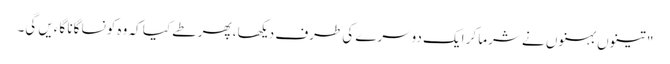
" تینوں بہنوں نے شرما کر ایک دوسرے کی طرف دیکھا، پھر طے کیا کہ وہ کونسا گانا گاءیں گی۔